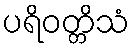
ပရိဝတ္တိသံ